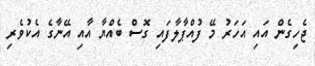
ޖެހިގެން އައި އަހަރު މޭ ފުއްޕާލާފައި ގޮސް ބެއްޔާ އާއި އޭނާގެ އެކުވެރި